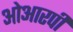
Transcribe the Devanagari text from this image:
ओआरपी